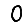
Digit: 0